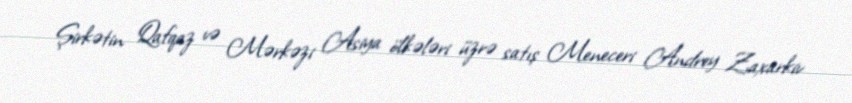
Şirkətin Qafqaz və Mərkəzi Asiya ölkələri üzrə satış Meneceri Andrey Zaxarkiv